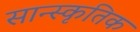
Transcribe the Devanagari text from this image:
सान्स्कृतिक